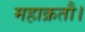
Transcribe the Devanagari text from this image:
महाक्रतौ।